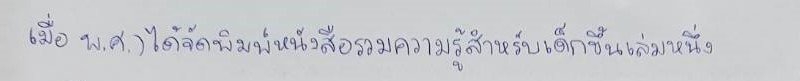
เมื่อพ.ศ.)ได้จัดพิมพ์หนังสือรวมความรู้สำหรับเด็กขึ้นเล่มหนึ่ง